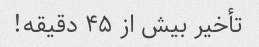
تأخیر بیش از ۴۵ دقیقه!